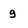
Character: g